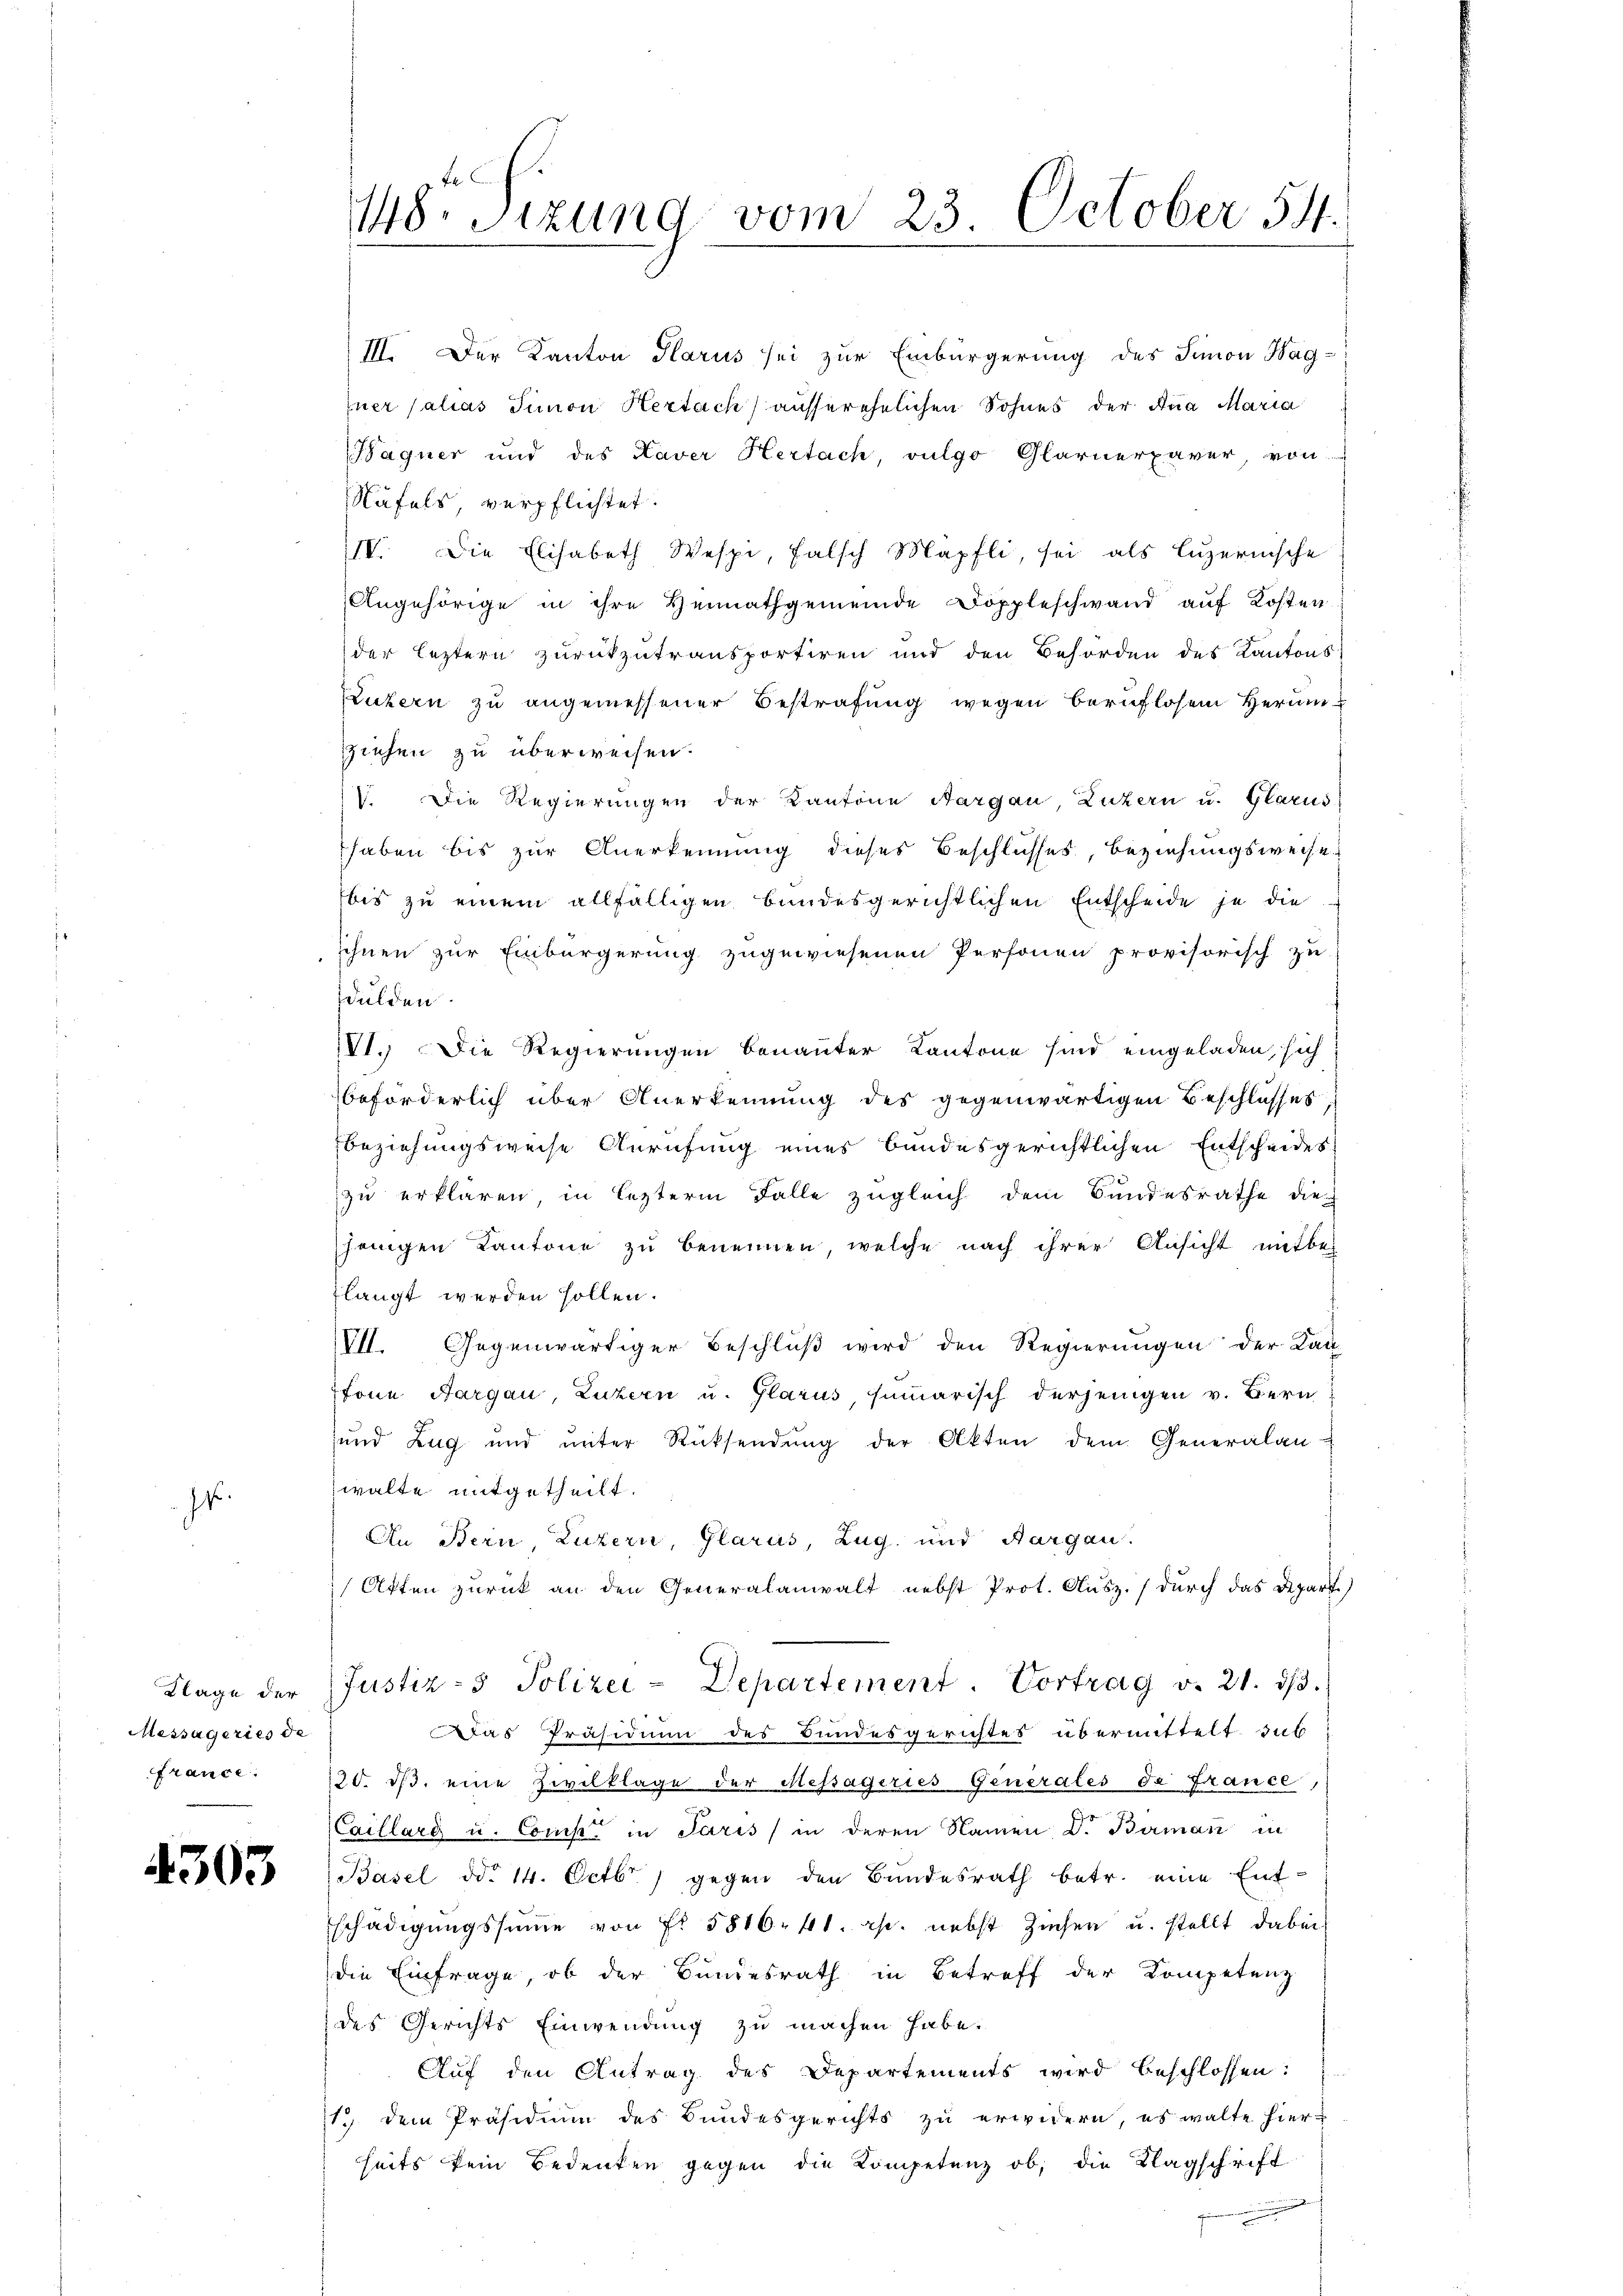
I.

Messägeries de
france.

4303

III. Der Kanton Glarus sei zur Einbürgerung des Simon Hag-
zner Palias Simon Hertach) ausserehelichen Sohnes der Ana Maria
Bagner und des Kaver Hertach, vulgo Glarnerpaver von
Näfels, verpflichtet.
IV. Die Elisabeth Wespi, falsch Mapfli, sei als Luzernische
Angehörige in ihre Heimathgemeinde Doppleschwand aŭf Kosten
der leztern zurückzutransportiren und den Behörden des Kantons
Luzern zu angemessener Bestrafung wegen beruflosem Herumziehen zu überweisen.
V. Die Regierungen der Kantone Aargau Zuckern u. Glarus
haben bis zur Anerkennung dieses Beschlusses, Beziehungsweise
bis zu einem allfälligen bundesgerichtlichen Entscheide je die
sihnen zur Einbürgerung zugewiesenen Personen provisorisch zu
dulden
VI. Die Regierungen benannter Kantone sind eingeladen, sich
beförderlich über Anerkennung des gegenwärtigen Beschlusses
Beziehungsweise Anrufung eines bundesgerichtlichen Entscheides
zu erklären in lezterm Falle zugleich dem Bundesrathe die
jenigen Kantone zu benennen, welche nach ihrer Ansicht mitbei
flangt werden sollen.
VII. Gegenwärtiger Beschlŭβ wird den Regierŭngen der Kan-
Ifonn Aargau, Luzern u. Glarus, summarisch derjenigen v. Bern
und Zug und ŭnter Rücksendung der Akten dem Generalan
walte mitgetheilt.
An Bern, Luzern, Glarus, Zug und Aargau.
Atten zurück an den Generalanwalt nebst Prot. Ausz. (durch das Depart.)
Klage der Justiz- & Polizei-Departement. Vortrag v. 21. dβ.
Das Präsidium des Bundesgerichtes übermittelt. sub
20. dβ. eine Zivilklage der Messagiries Generales da France
CCaillard u. Comp in Paris in deren Namen D. Birman in
Basel ddo 14. Octbr. gegen den Bundesrath betr. eine Entschädigungssumme von Fr. 5816. 41. r. nebst Ziehen u. stellt dabei
die Einfrage, ob der Bundesrath in Betreff der Kompetenz
des Gerichts Einwendung zu machen habe.
Auf den Antrag des Departements wird beschlossen:
1.) Dem Präsidium des Bundesgerichts zu erwidern, es walte hierseits kein Bedenken gegen die Kompetenz ob, die Klagschrift

148. Sizung vom 23. October 54.